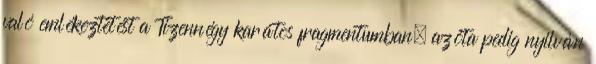
való emlékeztetést a Tizennégy karátos fragmentumban, azóta pedig nyilván